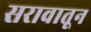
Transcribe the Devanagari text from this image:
सरावातून